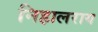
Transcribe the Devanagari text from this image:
निहालराय